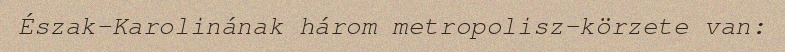
Észak-Karolinának három metropolisz-körzete van: